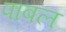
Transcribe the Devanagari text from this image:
पाबल